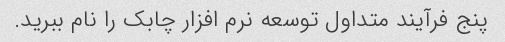
پنج فرآیند متداول توسعه نرم افزار چابک را نام ببرید.